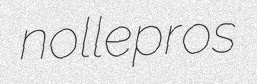
nollepros